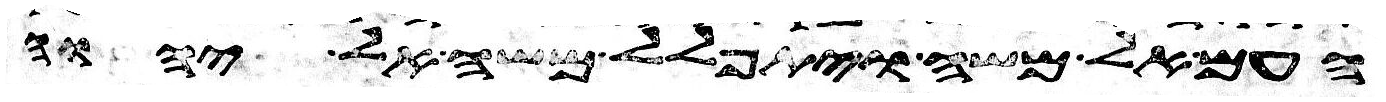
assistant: העם אל משה ויתפלל משה אל יהוה